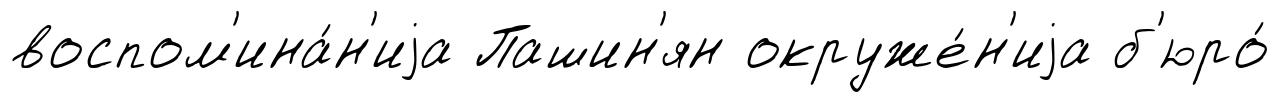
воспом'ина́н'иjа Пашин'ян окруже́н'иjа б'юро́